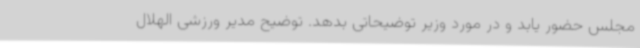
مجلس حضور یابد و در مورد وزیر توضیحاتی بدهد. توضیح مدیر ورزشی الهلال